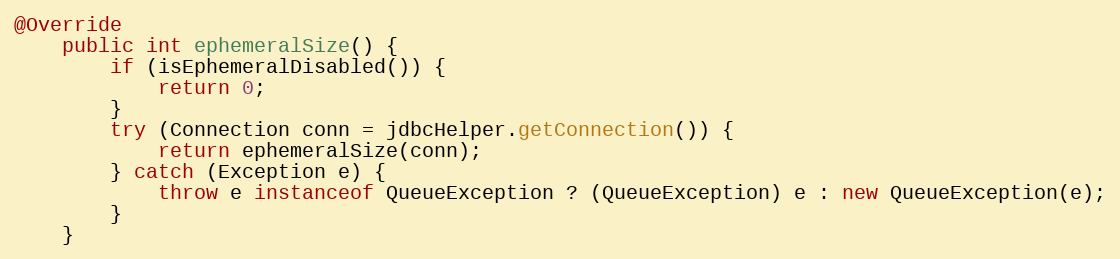
Language: Java
@Override
    public int ephemeralSize() {
        if (isEphemeralDisabled()) {
            return 0;
        }
        try (Connection conn = jdbcHelper.getConnection()) {
            return ephemeralSize(conn);
        } catch (Exception e) {
            throw e instanceof QueueException ? (QueueException) e : new QueueException(e);
        }
    }